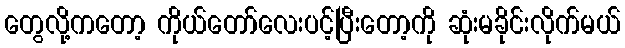
တွေလို့ကတော့ ကိုယ်တော်လေးပင့်ပြီးတော့ကို ဆုံးမခိုင်းလိုက်မယ်